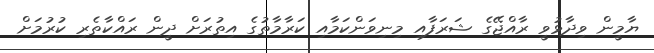
ޔާމީން ވިދާޅުވީ ރާއްޖޭގެ ޝަރަފާއި މިނިވަންކަމާއި ކަރާމާތުގެ އިތުރަށް ދީން ރައްކާތެރި ކުރުމަށް